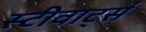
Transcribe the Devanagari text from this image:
स्टीवार्ट्स